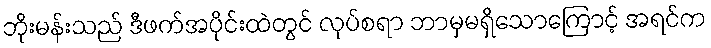
ဘိုးမန်းသည် ဒီဖက်အပိုင်းထဲတွင် လုပ်စရာ ဘာမှမရှိသောကြောင့် အရင်က